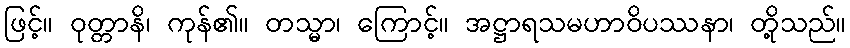
ဖြင့်။ ဝုတ္တာနိ၊ ကုန်၏။ တသ္မာ၊ ကြောင့်။ အဋ္ဌာရသမဟာဝိပဿနာ၊ တို့သည်။